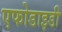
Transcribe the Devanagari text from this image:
एफोडाइडी